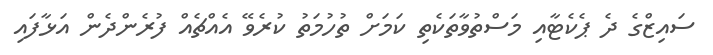
ސައިޒްގެ ދެ ޕެކެޓާއި މަސްތުވާތަކެތި ކަމަށް ތުހުމަތު ކުރެވޭ އެއްޗެއް ފުރެންދެން އަޅާފައި